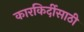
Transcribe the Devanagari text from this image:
कारकिर्दीसाठी